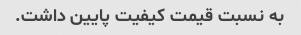
به نسبت قیمت کیفیت پایین داشت.